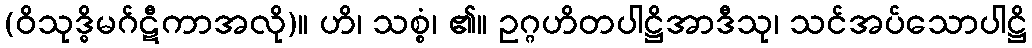
(ဝိသုဒ္ဓိမဂ်ဋီကာအလို)။ ဟိ၊ သစ္စံ၊ ၏။ ဥဂ္ဂဟိတပါဋ္ဌိအာဒီသု၊ သင်အပ်သောပါဋ္ဌိ